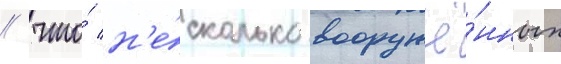
/ что́ н'е́сколько вооружё́нных